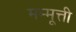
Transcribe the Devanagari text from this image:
मम्मूत्ती